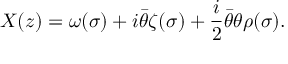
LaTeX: X ( z ) = \omega ( \sigma ) + i { \bar { \theta } } \zeta ( \sigma ) + \frac { i } { 2 } { \bar { \theta } } \theta \rho ( \sigma ) .